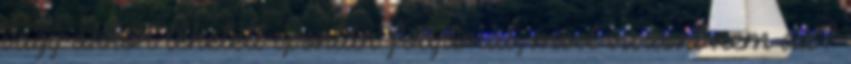
vagy akkor lehetett spontán folyamat, most viszont nem az?